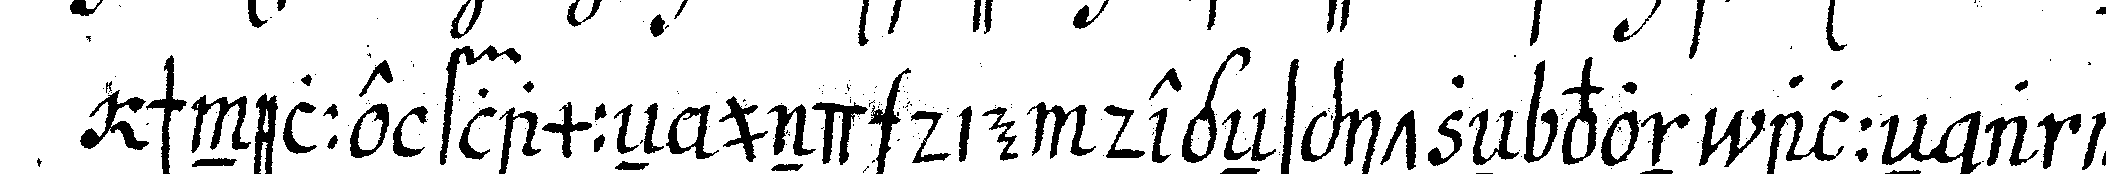
schnellelflammeN und die degeNspitzeN von alleN anwe